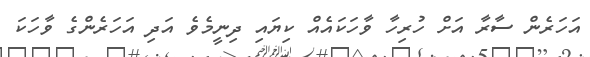
އަހަރެން ސާރާ އަށް ހުރިހާ ވާހަކައެއް ކިޔައި ދިނީމެވެ އަދި އަހަރެންގެ ވާހަކަ